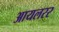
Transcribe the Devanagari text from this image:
आयलरर